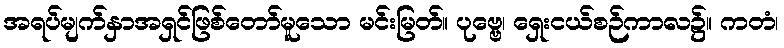
အရပ်မျက်နှာအရှင်ဖြစ်တော်မူသော မင်းမြတ်။ ပုဗ္ဗေ၊ ရှေးငယ်စဉ်ကာလ၌။ ကတံ၊